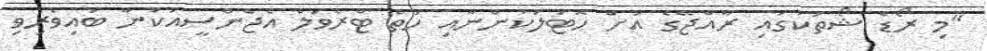
"މި ރޯޑް ޝޯތަކުގައި ރާއްޖޭގެ އަށް ހޮޓަލަކުންނާއި ހަތް ޓްރެވަލް އެޖެންސީއަކުން ބައިވެރިވި